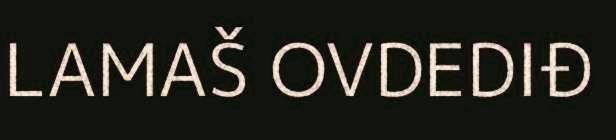
LAMAŠ OVDEDIĐ